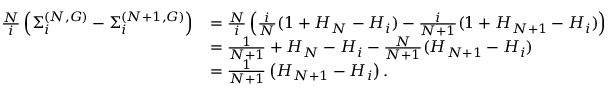
\begin{array} { r l } { \frac { N } { i } \left( \Sigma _ { i } ^ { ( N , G ) } - \Sigma _ { i } ^ { ( N + 1 , G ) } \right) } & { = \frac { N } { i } \left( \frac { i } { N } ( 1 + H _ { N } - H _ { i } ) - \frac { i } { N + 1 } ( 1 + H _ { N + 1 } - H _ { i } ) \right) } \\ & { = \frac { 1 } { N + 1 } + H _ { N } - H _ { i } - \frac { N } { N + 1 } ( H _ { N + 1 } - H _ { i } ) } \\ & { = \frac { 1 } { N + 1 } \left( H _ { N + 1 } - H _ { i } \right) . } \end{array}